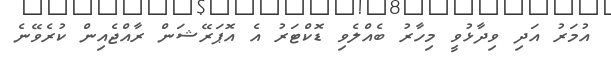
އުމަރު އަދި ވިދާޅުވީ މިހާރު ބެއްލެވި ޑޮކްޓަރު އެ އޮޕަރޭޝަން ރާއްޖެއިން ކުރެވޭނެ